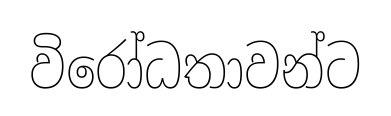
විරෝධතාවන්ට